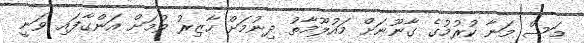
މަސް މަނާ ކުރުމުގެ ގާނޫނަށް މައުލޫމާތު ދިނުމަށް ހާޒިރު ވުމަށް އަންގާފައި ވަނީ